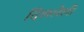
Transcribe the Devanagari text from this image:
दिललेली